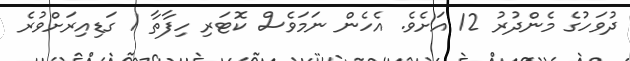
ދުވަހުގެ މެންދުރު 12 އަށެވެ. އެހެން ނަމަވެސް ކޮޓަރި ހިފާތާ 1 ގަޑިއިރަށްވުރެ